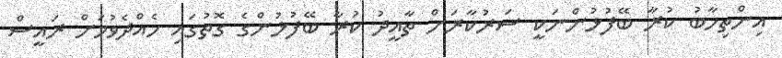
އިންތިހާބު ކުރާ ބޭފުޅުންނަކީ ސަރުކާރަށް ތާއީދު ކުރާ ބޭފުޅުންގެ ގޮތުގައި ހެއްދެވުމަށް ރައީސް